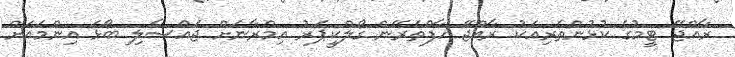
ރާއްޖޭ ޓީމުގެ ކުޅުންތެރިއަކު ރާއްޖޭ ހާފްތެރޭން ގޯލްކީޕަރު އިމްރާނަށް ޖައްސާލި ބޯޅަ އިންމައަށް